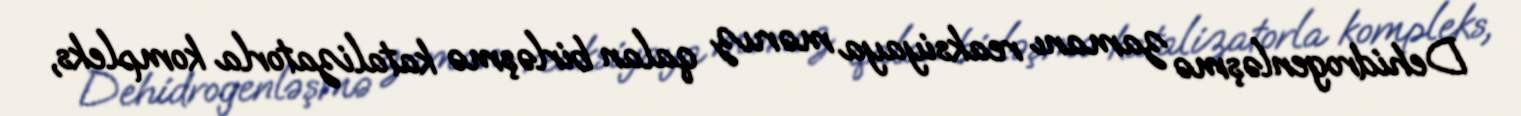
Dehidrogenləşmə zamanı reaksiyaya məruz qalan birləşmə katalizatorla kompleks,